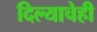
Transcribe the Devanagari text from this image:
दिल्याचेही